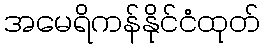
အမေရိကန်နိုင်ငံထုတ်